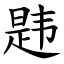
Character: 韪